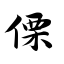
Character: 傈